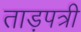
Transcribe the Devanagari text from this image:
ताड़पत्री